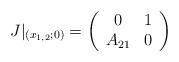
LaTeX: \begin{align*} J|_{(x_{1,2};0)}=\left( \begin{array}{cc} 0 & 1 \\ A_{21} & 0 \\ \end{array} \right)\end{align*}